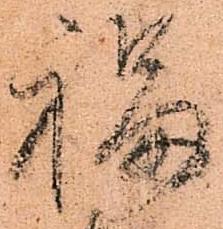
福